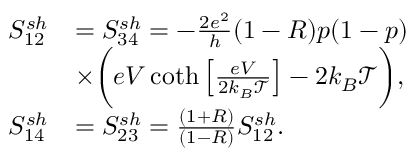
\begin{array} { r l } { { S _ { 1 2 } ^ { s h } } } & { = S _ { 3 4 } ^ { s h } = - \frac { 2 e ^ { 2 } } { h } ( 1 - R ) p ( 1 - p ) } \\ & { \times \bigg ( e V \coth \left[ \frac { e V } { 2 k _ { B } \mathcal { T } } \right] - 2 k _ { B } \mathcal { T } \bigg ) , } \\ { { S _ { 1 4 } ^ { s h } } } & { = S _ { 2 3 } ^ { s h } = \frac { ( 1 + R ) } { ( 1 - R ) } S _ { 1 2 } ^ { s h } . } \end{array}